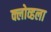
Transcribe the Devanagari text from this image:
क्लोव्हला